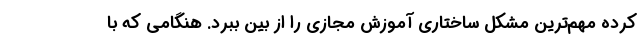
کرده مهم‌ترین مشکل ساختاری آموزش مجازی را از بین ببرد. هنگامی که با